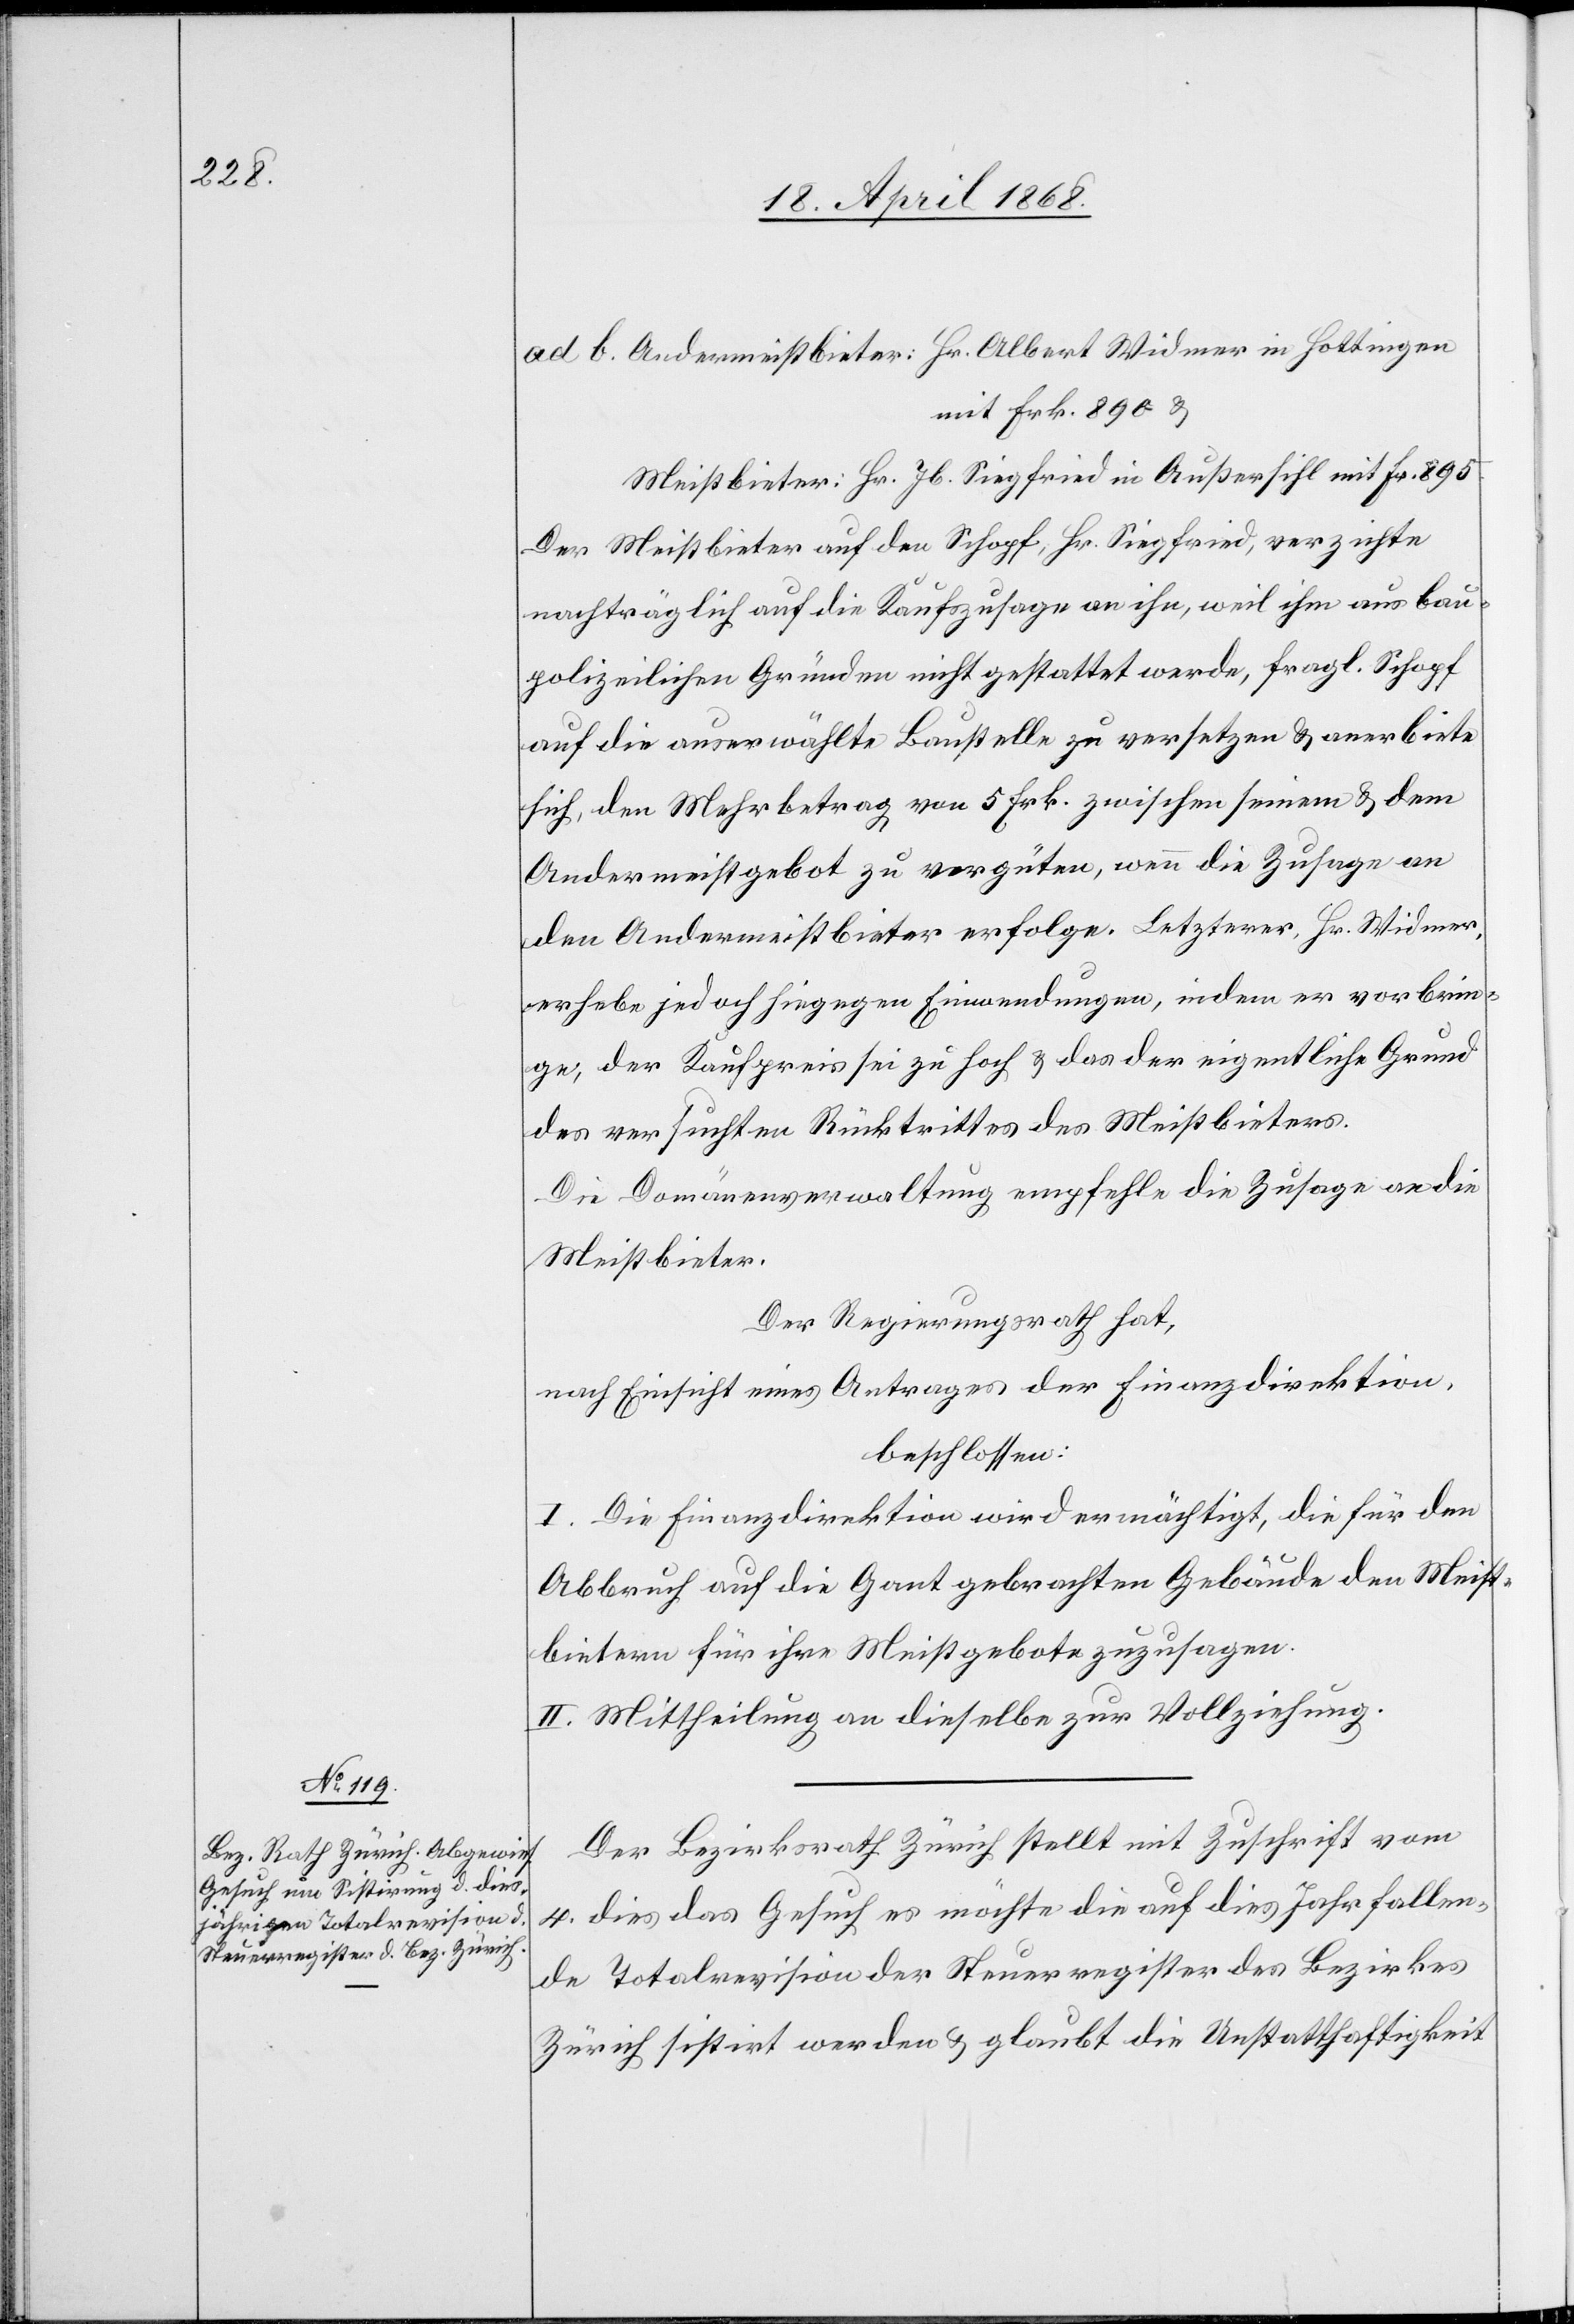
Andermeistbieter: Hr. Albert Widmer in Hottingen
mit Frk. 890 &
Meistbieter: Hr. Jb. Siegfried in Außersihl mit Fr. 895.
Der Meistbieter auf den Schopf, Hr. Siegfried, verzichte
nachträglich auf die Kaufszusage an ihn, weil ihm aus bau¬
polizeilichen Gründen nicht gestattet werde, fragl. Schopf
auf die auserwählte Baustelle zu versetzen & anerbiete
sich, den Mehrbetrag von 5 Frk. zwischen seinem & dem
Andermeistgebot zu vergüten, wenn die Zusage an
den Andermeistbieter erfolge. Letzterer, Hr. Widmer,
erhebe jedoch hiegegen Einwendungen, indem er vorbrin¬
ge, der Kaufpreis sei zu hoch & das der eigentliche Grund
des versuchten Rücktrittes des Meistbieters.
Die Domänenverwaltung empfehle die Zusage an die
Meistbieter.
Der Regierungsrath hat,
nach Einsicht eines Antrages der Finanzdirektion,
beschlossen:
I. Die Finanzdirektion wird ermächtigt, die für den
Abbruch auf die Gant gebrachten Gebäude den Meist¬
bietern für ihre Meistgebote zuzusagen.
II. Mittheilung an dieselbe zur Vollziehung.
Der Bezirksrath Zürich stellt mit Zuschrift vom
4. dies das Gesuch es möchte die auf dies Jahr fallen¬
de Totalrevision der Steuerregister des Bezirkes
Zürich sistirt werden & glaubt die Unstatthaftigkeit